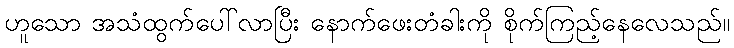
ဟူသော အသံထွက်ပေါ်လာပြီး နောက်ဖေးတံခါးကို စိုက်ကြည့်နေလေသည်။